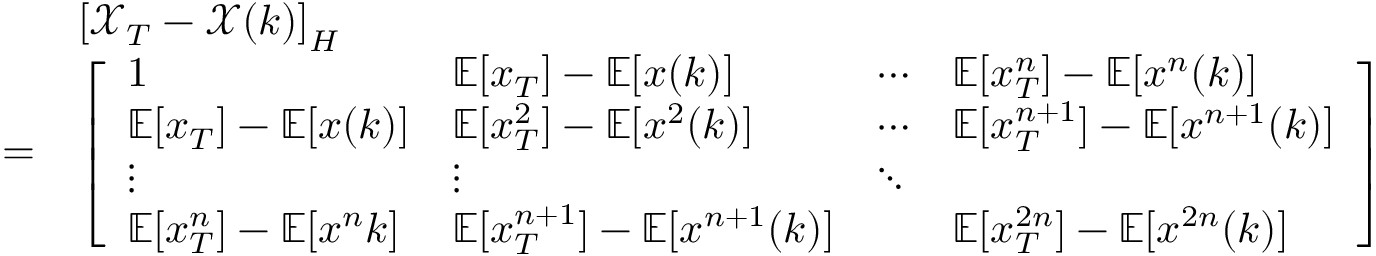
\begin{array} { r l } & { \left[ \mathscr { X } _ { T } - \mathscr { X } ( k ) \right] _ { H } } \\ { = } & { \left[ \begin{array} { l l l l } { 1 } & { \mathbb { E } [ x _ { T } ] - \mathbb { E } [ x ( k ) ] } & { \cdots } & { \mathbb { E } [ x _ { T } ^ { n } ] - \mathbb { E } [ x ^ { n } ( k ) ] } \\ { \mathbb { E } [ x _ { T } ] - \mathbb { E } [ x ( k ) ] } & { \mathbb { E } [ x _ { T } ^ { 2 } ] - \mathbb { E } [ x ^ { 2 } ( k ) ] } & { \cdots } & { \mathbb { E } [ x _ { T } ^ { n + 1 } ] - \mathbb { E } [ x ^ { n + 1 } ( k ) ] } \\ { \vdots } & { \vdots } & { \ddots } & \\ { \mathbb { E } [ x _ { T } ^ { n } ] - \mathbb { E } [ x ^ { n } { k } ] } & { \mathbb { E } [ x _ { T } ^ { n + 1 } ] - \mathbb { E } [ x ^ { n + 1 } ( k ) ] } & & { \mathbb { E } [ x _ { T } ^ { 2 n } ] - \mathbb { E } [ x ^ { 2 n } ( k ) ] } \end{array} \right] } \end{array}